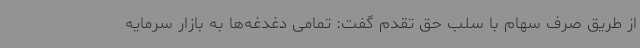
از طریق صرف سهام با سلب حق تقدم گفت: تمامی دغدغه‌ها به بازار سرمایه